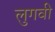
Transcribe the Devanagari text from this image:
लुगवी